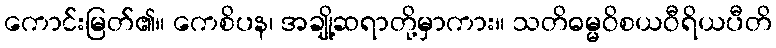
ကောင်းမြတ်၏။ ကေစိပန၊ အချို့ဆရာတို့မှာကား။ သတိဓမ္မဝိစယဝီရိယပီတိ